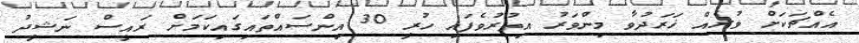
އެއްޗަކަށް ވުރެއް ޚަރަދުވާ މިންވަރު އިތުރުވެފައި ހުރީ 30 އިންސައްތައިގައިކަމަށް ރައީސް ނަޝީދު